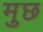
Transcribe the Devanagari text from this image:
मुछ